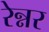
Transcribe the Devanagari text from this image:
रेन्नर